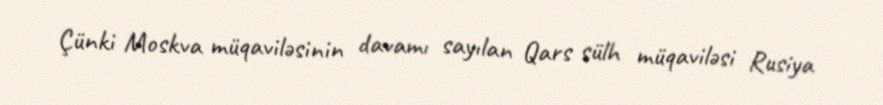
Çünki Moskva müqaviləsinin davamı sayılan Qars sülh müqaviləsi Rusiya